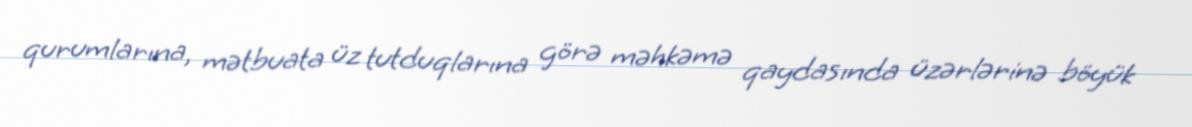
qurumlarına, mətbuata üz tutduqlarına görə məhkəmə qaydasında üzərlərinə böyük